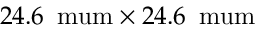
2 4 . 6 \, \mathrm { \ m u m } \times 2 4 . 6 \, \mathrm { \ m u m }